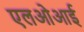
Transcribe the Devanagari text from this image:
एलओआई